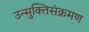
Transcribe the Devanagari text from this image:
उन्मुक्तिसंक्रमण